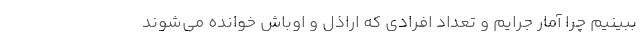
ببینیم چرا آمار جرایم و تعداد افرادی که اراذل و اوباش خوانده می‌شوند